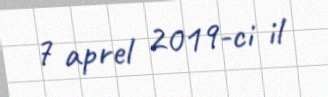
7 aprel 2019-ci il